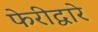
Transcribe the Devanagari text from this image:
फेरीद्वारे